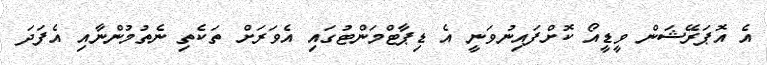
އެ އޮޕަރޭޝަން ވީޑީއޯ ކޮށްފައިނުވަނީ އެ ޑިޕާޓްމަންޓުގައި އެވަރަށް ތަކެތި ނެތުމުންނާއި އެފަދަ